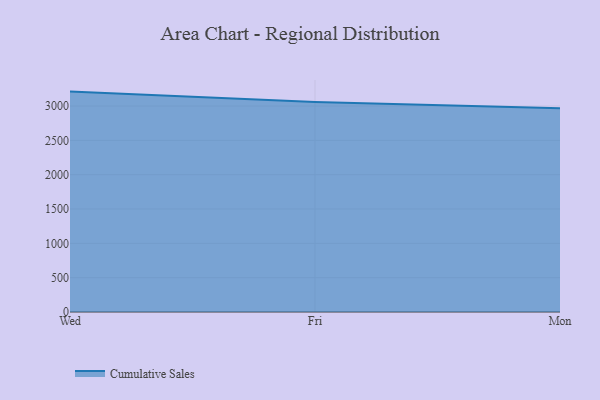
{"axis": {"x": "Day", "y": "Population (Million)"}, "legend": ["Cumulative Sales"], "data": [{"x": "Wed", "y": 3210.1, "type": "Cumulative Sales"}, {"x": "Fri", "y": 3057.8, "type": "Cumulative Sales"}, {"x": "Mon", "y": 2966.3, "type": "Cumulative Sales"}]}